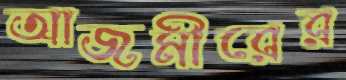
আজমীরের